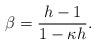
LaTeX: \begin{align*} \beta = \frac{h-1}{1-\kappa h}.\end{align*}